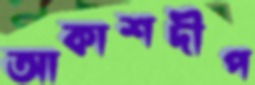
আকাশদীপ